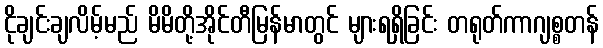
ငိုချင်းချလိမ့်မည် မိမိတို့အိုင်တီမြန်မာတွင် များရရှိခြင်း တရုတ်ကာဂျစ္စတန်